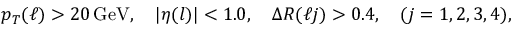
p _ { T } ^ { } ( \ell ) > 2 0 \, \mathrm { G e V } , \quad | \eta ( l ) | < 1 . 0 , \quad \Delta R ( \ell j ) > 0 . 4 , \quad ( j = 1 , 2 , 3 , 4 ) ,